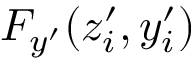
F _ { y ^ { \prime } } ( z _ { i } ^ { \prime } , y _ { i } ^ { \prime } )